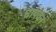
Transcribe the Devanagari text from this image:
घायवन